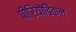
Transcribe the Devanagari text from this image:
पीरियोडिकल